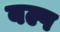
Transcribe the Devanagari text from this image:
बल्प